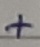
Text: +